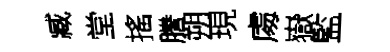
臧堂搖謄朔現䖏嶽監